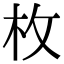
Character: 枚